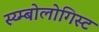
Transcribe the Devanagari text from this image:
स्य्म्बोलोगिस्ट